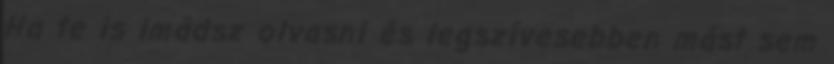
Ha te is imádsz olvasni és legszívesebben mást sem